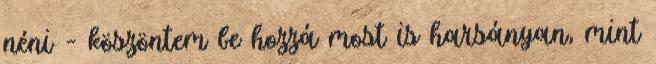
néni – köszöntem be hozzá most is harsányan, mint